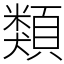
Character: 類